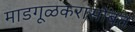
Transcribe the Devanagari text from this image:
माडगूळकरांसोबत